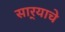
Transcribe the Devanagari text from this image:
सार्‍याचे